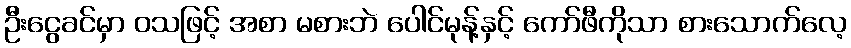
ဦးငွေခင်မှာ ဝသဖြင့် အစာ မစားဘဲ ပေါင်မုန့်နှင့် ကော်ဖီကိုသာ စားသောက်လေ့